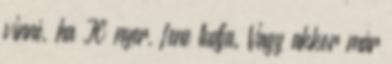
vinné, ha JC nyer, fene tudja. Vagy akkor már